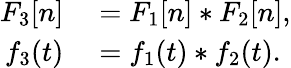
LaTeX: \begin{array}{rl}{F_{3}[n]}&{{}=F_{1}[n]*F_{2}[n],}\\ {f_{3}(t)}&{{}=f_{1}(t)*f_{2}(t).}\end{array}